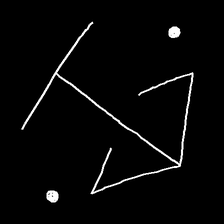
Glyph: earth